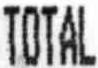
TOTAL